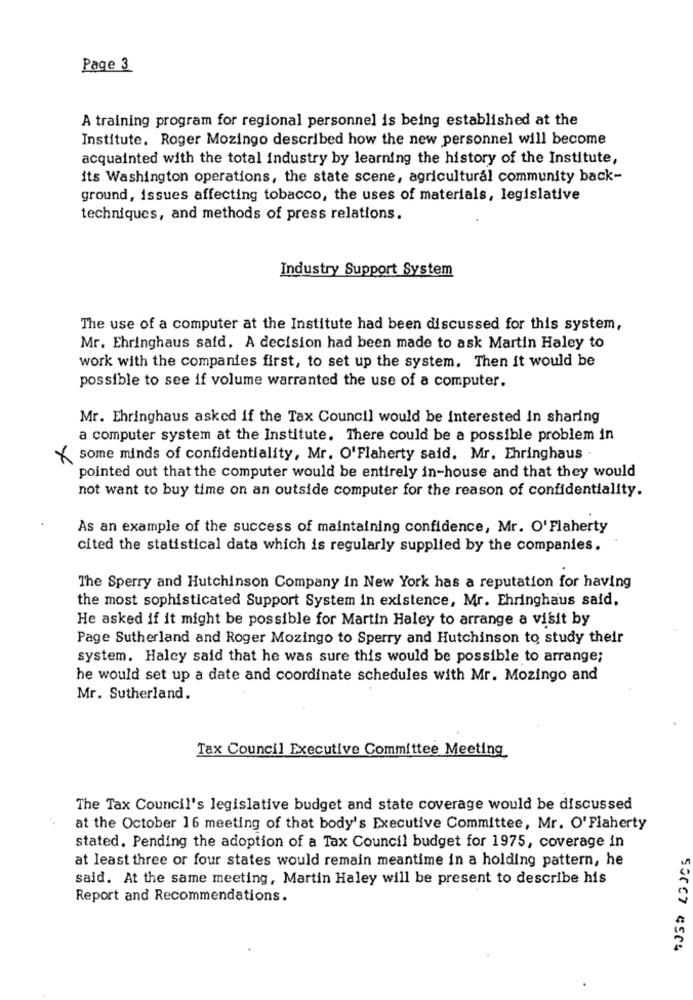
Page 3
A training program for regional personnel is being established at the
Institute, Roger Mozingo described how the new personnel will become
acquainted with the total industry by learning the history of the Institute,
its Washington operations, the state scene, agricultural community back-
ground, issues affecting tobacco, the uses of materials, legislative
techniques, and methods of press relations.
Industry Support System
The use of a computer at the Institute had been discussed for this system,
Mr. Ehringhaus said. A decision had been made to ask Martin Haley to
work with the companies first, to set up the system. Then it would be
possible to see if volume warranted the use of a computer.
Mr. Ehringhaus asked if the Tax Council would be interested in sharing
a computer system at the Institute. There could be a possible problem in
some minds of confidentiality, Mr. O'Flaherty said, Mr. Ehringhaus -
pointed out that the computer would be entirely in-house and that they would
not want to buy time on an outside computer for the reason of confidentiality.
As an example of the success of maintaining confidence, Mr. O'Flaherty
cited the statistical data which is regularly supplied by the companies.
The Sperry and Hutchinson Company in New York has a reputation for having
the most sophisticated Support System in existence, Mr. Ehringhaus said,
He asked if it might be possible for Martin Haley to arrange a visit by
Page Sutherland and Roger Mozingo to Sperry and Hutchinson to study their
system. Haley said that he was sure this would be possible to arrange;
he would set up a date and coordinate schedules with Mr. Mozingo and
Mr. Sutherland.
Tax Council Executive Committee Meeting
The Tax Council's legislative budget and state coverage would be discussed
at the October 16 meeting of that body's Executive Committee, Mr. O'Flaherty
stated. Pending the adoption of a Tax Council budget for 1975, coverage in
at least three or four states would remain meantime in a holding pattern, he
said. At the same meeting, Martin Haley will be present to describe his
Report and Recommendations.